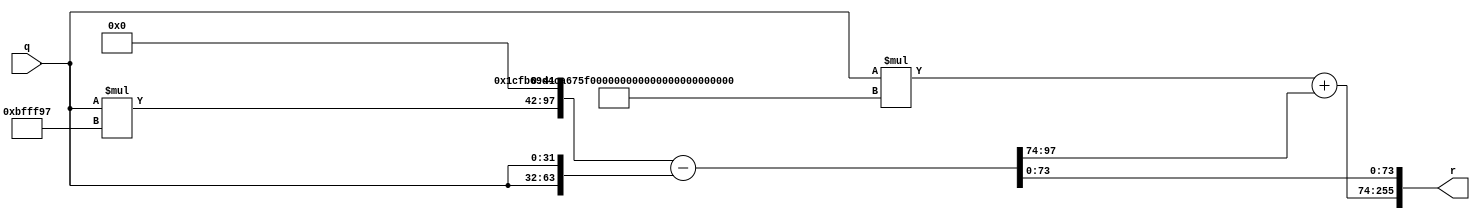
module xm_32_f(
    input   [ 31:0] q,
    output  [255:0] r
    );
    localparam c0 =  24'h bfff97;
    localparam c1 = 149'h 1cfb69d4ca675f520cce76020268760154ef69;
    
    wire [ 97:0] qxc0_shift;
    wire [ 97:0] sub_result;
    wire [181:0] add_result;
    
    wire [55:0]  qxc0 = q*c0;
    wire [180:0] qxc1 = q*c1;
    wire [63:0]  qq   = {q,q};
    
    assign qxc0_shift = {qxc0,{42{1'b0}}};
    assign sub_result = qxc0_shift - qq;
    assign add_result = qxc1 + sub_result[97-:24];
    
    assign r = {add_result,sub_result[0+:74]};
    
endmodule